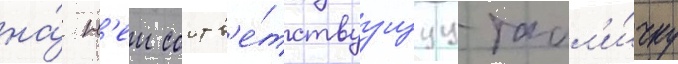
на́ н'еи соотв'е́тствуущуу табл'и́чку